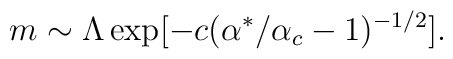
m \sim \Lambda \exp [- c(\alpha^*/\alpha_c-1)^{-1/2} ] .